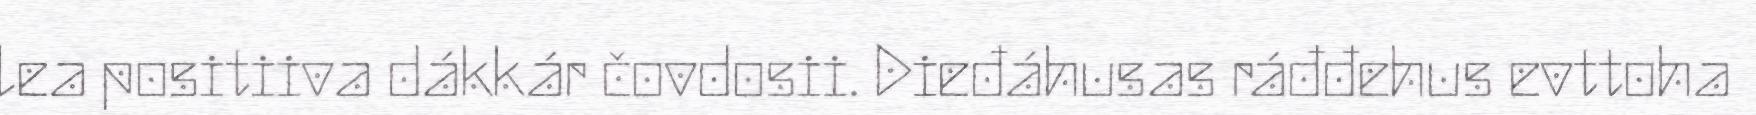
lea positiiva dákkár čovdosii. Dieđáhusas ráđđehus evttoha